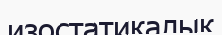
изостатикалық